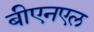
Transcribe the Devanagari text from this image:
बीएनएल